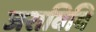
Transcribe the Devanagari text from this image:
जराविवि